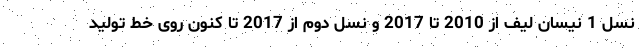
نسل 1 نیسان لیف از 2010 تا 2017 و نسل دوم از 2017 تا کنون روی خط تولید